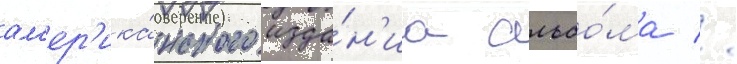
ам'ер'ика́нского изда́н'иа альбо́ма //